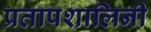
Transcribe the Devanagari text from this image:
प्रतापशालिनी